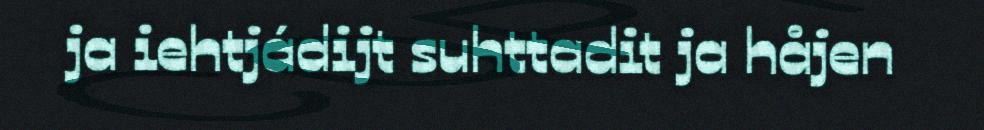
ja iehtjádijt suhttadit ja håjen